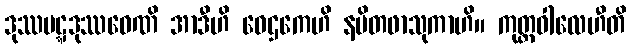
ဒုဿပဋ္ဋဒုဿဝေဏိ အာဒီဟိ ဝေဌကေဟိ နမိတဖာသုကာဟိ။ ကုတ္တဝါလေဟီတိ